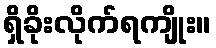
ရှိခိုးလိုက်ရကျိုး။